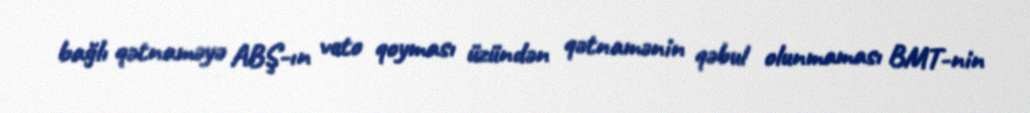
bağlı qətnaməyə ABŞ-ın veto qoyması üzündən qətnamənin qəbul olunmaması BMT-nin